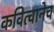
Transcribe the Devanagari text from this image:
कवित्वानेच